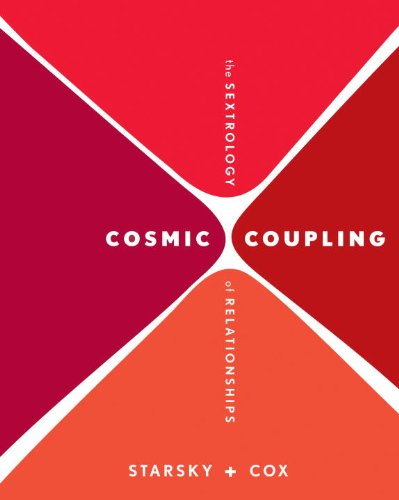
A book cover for Cosmic Coupling: The Sextrology of Relationships; Stella Starsky; Self-Help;